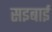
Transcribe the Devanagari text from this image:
सइबाई